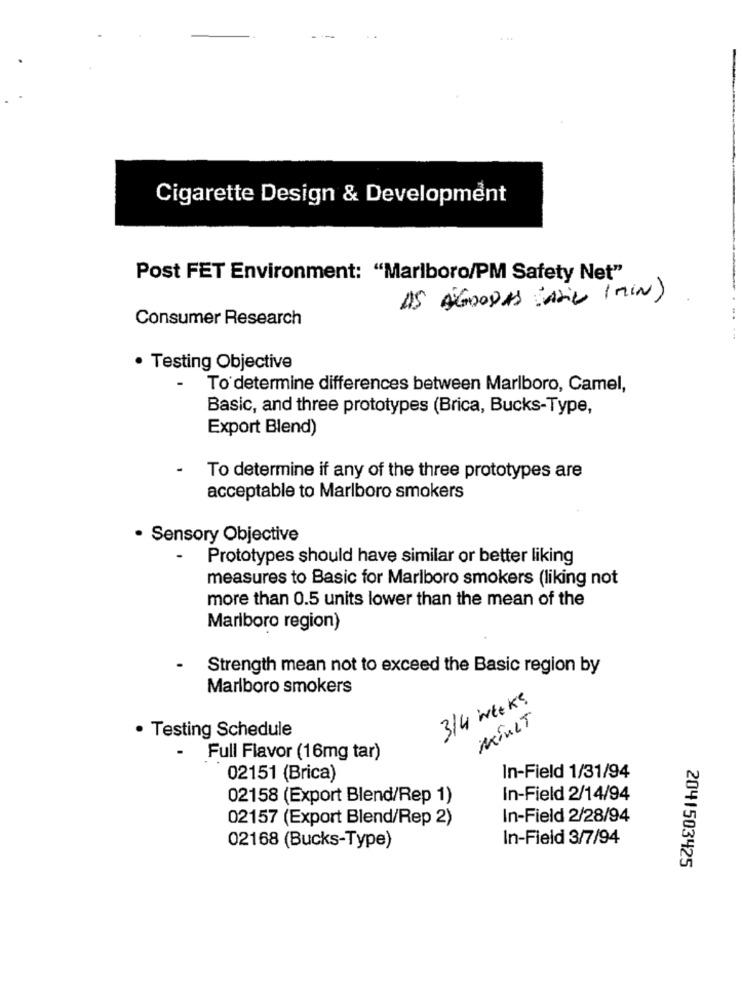
Cigarette Design & Development
Post FET Environment: "Marlboro/PM Safety Net"
AS AGOODAS SADiL ( MIN)
Consumer Research
..
· Testing Objective
To determine differences between Marlboro, Camel,
Basic, and three prototypes (Brica, Bucks-Type,
Export Blend)
-
To determine if any of the three prototypes are
acceptable to Marlboro smokers
· Sensory Objective
-
Prototypes should have similar or better liking
measures to Basic for Marlboro smokers (liking not
more than 0.5 units lower than the mean of the
Marlboro region)
Strength mean not to exceed the Basic region by
Marlboro smokers
3/4 weeks
MOULT
· Testing Schedule
-
Full Flavor (16mg tar)
02151 (Brica)
In-Field 1/31/94
02158 (Export Blend/Rep 1)
In-Field 2/14/94
02157 (Export Blend/Rep 2)
In-Field 2/28/94
In-Field 3/7/94
02168 (Bucks-Type)
2041503425